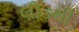
લીડથી